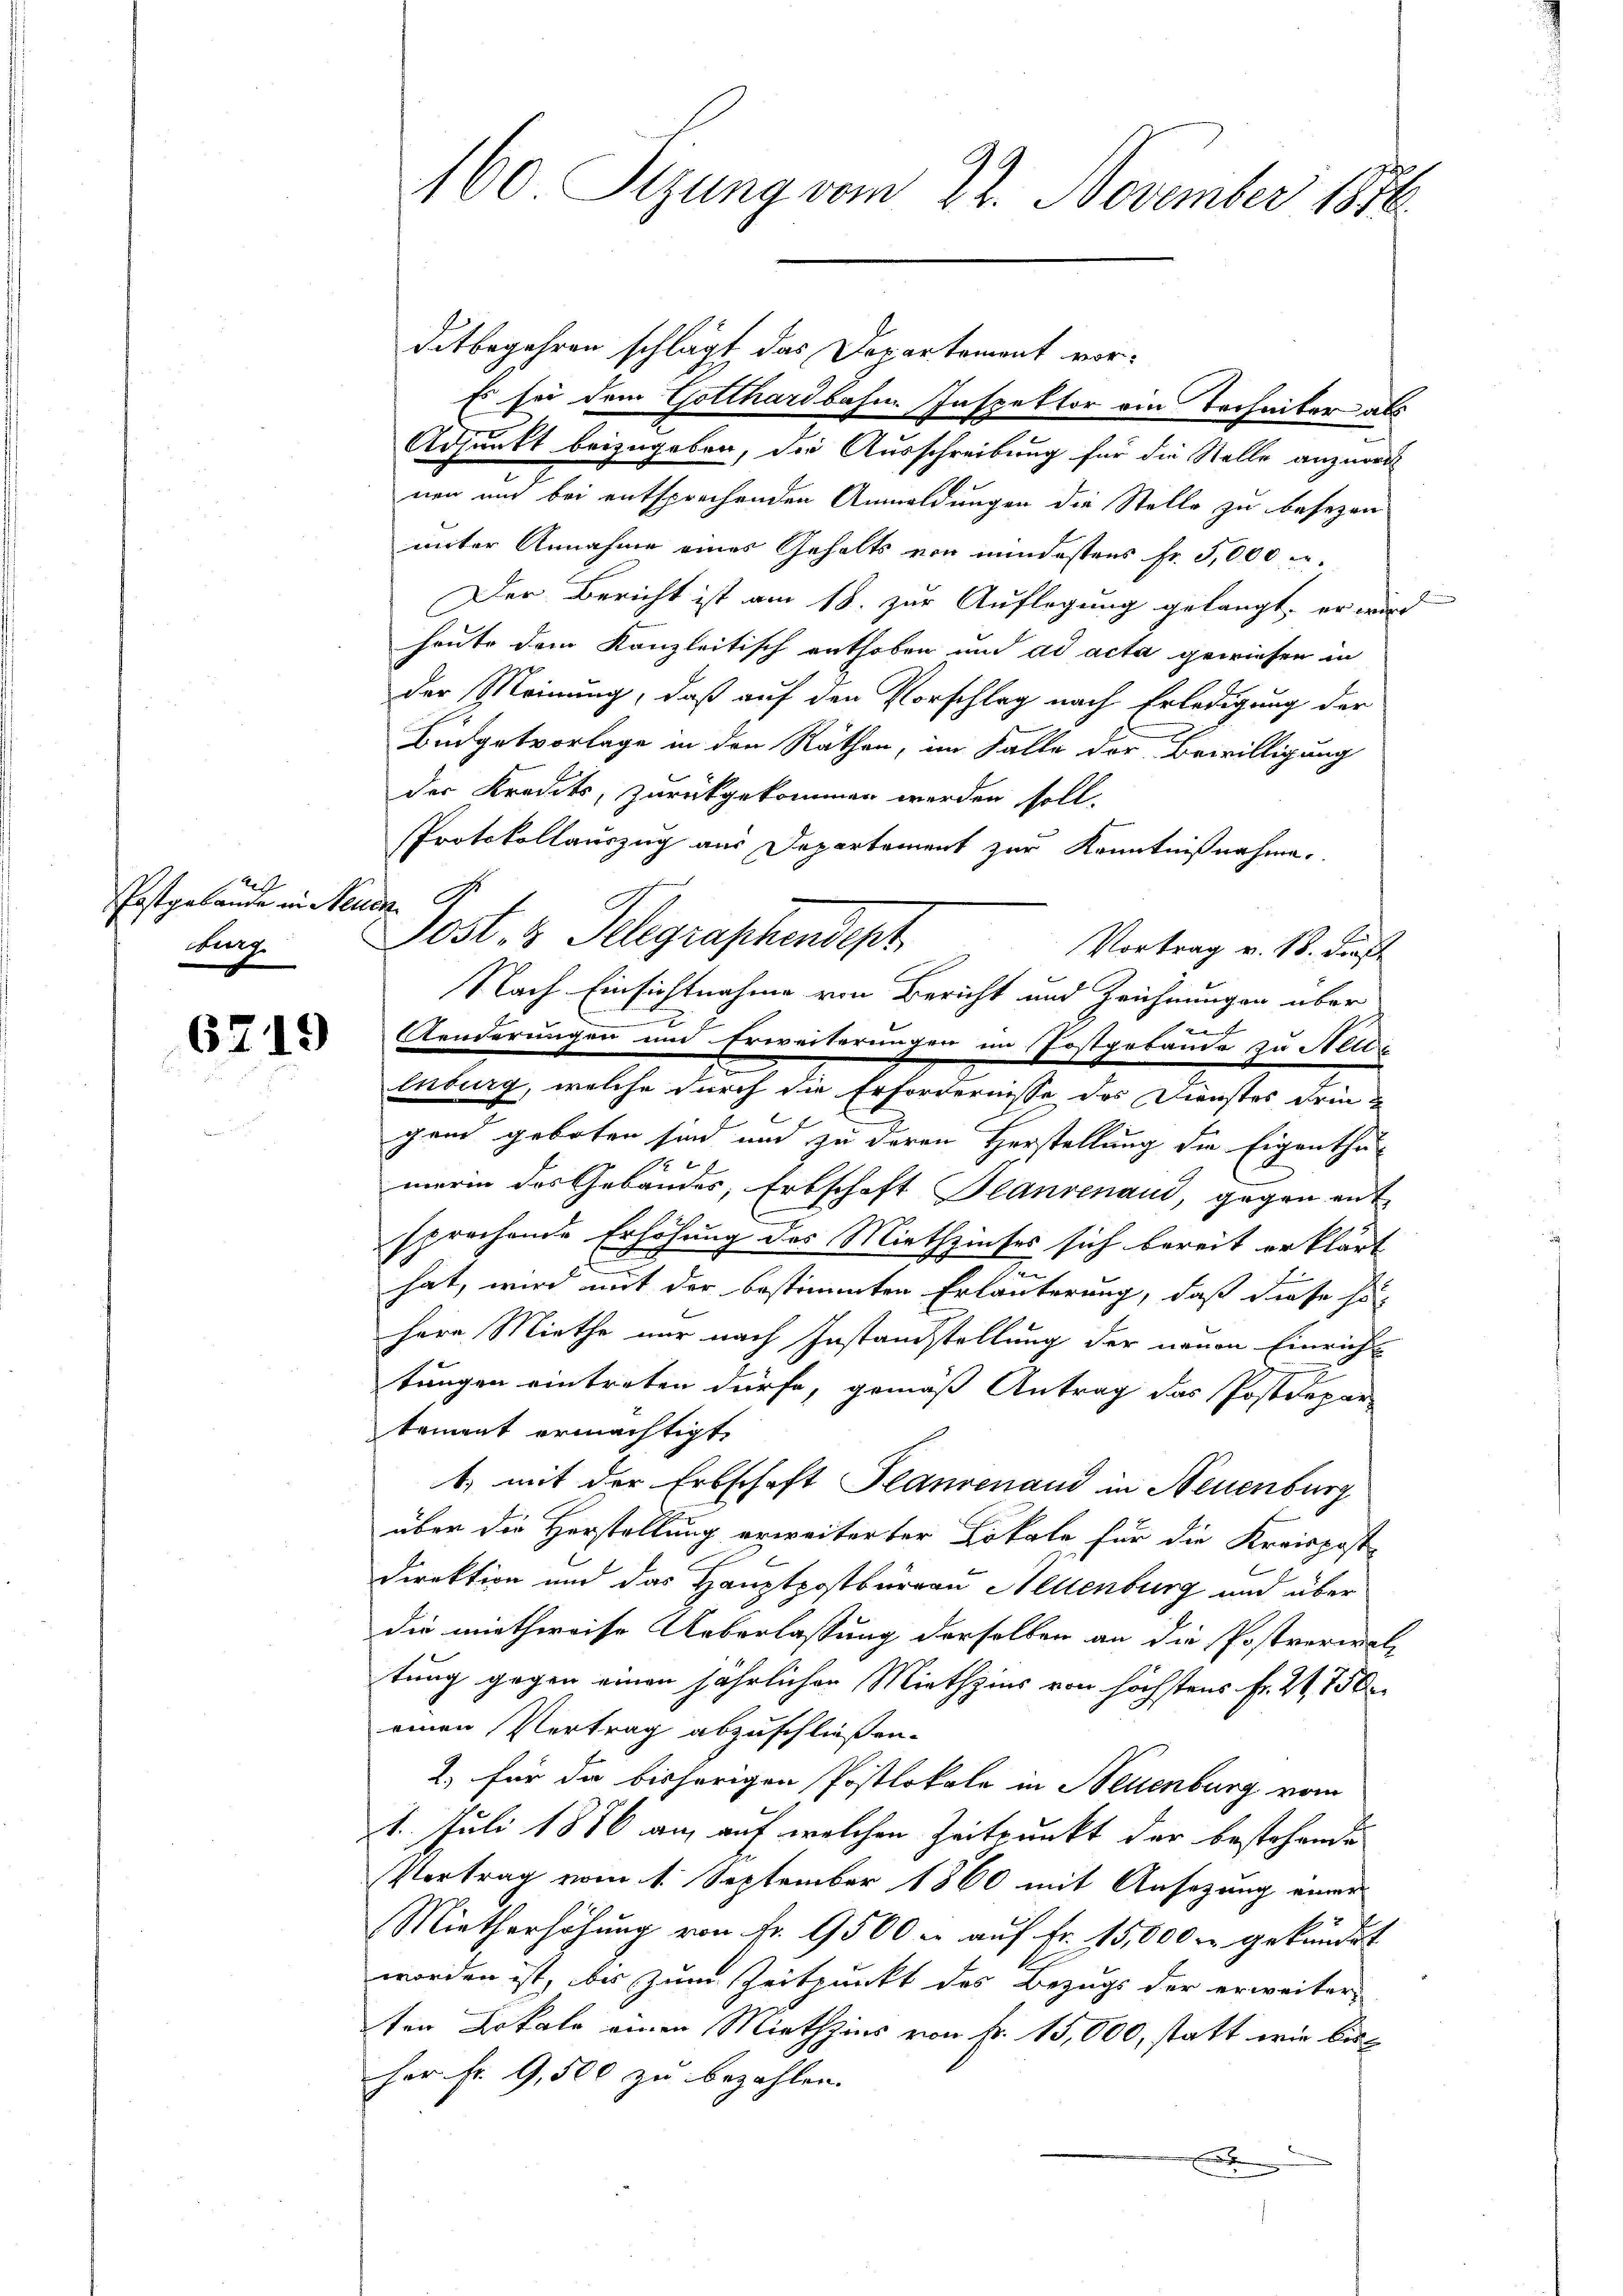
Postgebäude in eid.
Burg.

6719

ditbegehren schlägt das Departement vor¬
Es sei dem Gotthardbahne Inspektor von Terheiter als
Adjunkt beizugeben, die Ausschreibung für die Stelle anzuord
nen und bei entsprechenden Anmeldungen die Stelle zu besezen
unter Annahme eines Gehalts von mindestens Fr. 5,000 u.
Der Bericht ist am 18. zur Auflegung gelangt, er wird
heute dem Kanzleitisch enthoben und ad acta gewiesen in
der Meinung, daß auf den Vorschlag nach Erledigung der
Budgetvorlage in den Räthen, im Falle der Bewilligung
der Kredits, zurückgekommen werden soll.
PProtokollauszug aus Departement zur Kenntnißnahme.
Jost 3 Telegraphendept
Vortrag v. 18. dies
Nach Einsichtnahme von Bericht und Zeichnungen über
Aenderungen und Erweiterungen im Postgebäude zu Nelle
enburg, welche durch die Erfordernisse des Dienstes dringend geboten sind und zu deren Herstellung die Eigenthumerin des Gebäudes, Erbschaft Plansenaud, gegen ent
sprochende Erhöhung des Miethzinses sich bereit erklärt
.
hat, wird mit der bestimmten Erläuterung, daß diese so
herr Miethe nur nach Instandstellung der neuen Einricht
tungen eintreten dürfe, gemäß Antrag das Postdepar
tement ermächtigt,
1. mit der Erbschaft Planvenand in Neuenburg
über die Herstellung erweiterter Lokale für die Kreisposte
Direktion und das Hauptpostbüreau Alltenburg und über
die miethweise Ueberlassung derselben an die Postverwal
tung gegen einen jährlichen Miethzins von höchstens Fr. 275 Ar
einen Vertrag abzuschließen.
1. für die bisherigen Postlokale in Neuenburg vom
1. Juli 1886 an, auf welchen Zeitpunkt der bestehende
Vortrag vom 1. September 1860 mit Ansezung einer
Mietherhöhung von fr. 9500 u aŭf Fr. 15,000 u. gekündet
worden ist, bis zum Zeitpunkt des Bezugs der erweiter
ten Lokale einen Miethzins von Fr. 15,000, statt wir bis
her fr. 9,500 zu bezahlen.

160 Sizung vom 22. November 1876.